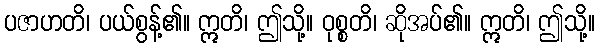
ပဇာဟတိ၊ ပယ်စွန့်၏။ ဣတိ၊ ဤသို့။ ဝုစ္စတိ၊ ဆိုအပ်၏။ ဣတိ၊ ဤသို့။